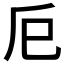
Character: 𢀴